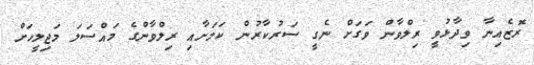
ރޮޒެއިނާ ވިދާޅުވީ ރިލްވާން ވަގަށް ނެގީ ސަރުކާރުން ކަމަށާއި ރިލްވާންގެ މައްސަލަ މަޖިލީހަށް